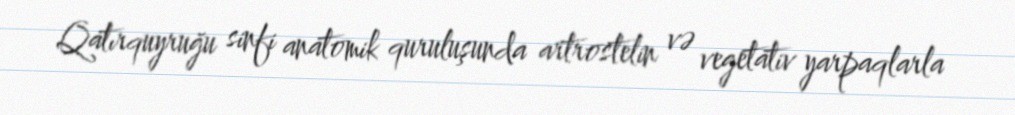
Qatırquyruğu sinfi anatomik quruluşunda artrostelin və vegetativ yarpaqlarla